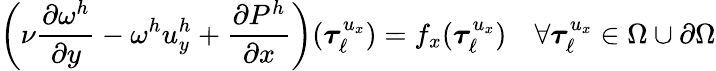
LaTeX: \left(\nu\frac{\partial\omega^{h}}{\partial y}-\omega^{h}u_{y}^{h}+\frac{\partial P^{h}}{\partial x}\right)(\boldsymbol{\tau}_{\ell}^{u_{x}})=f_{x}(\boldsymbol{\tau}_{\ell}^{u_{x}})\quad\forall\boldsymbol{\tau}_{\ell}^{u_{x}}\in\Omega\cup\partial\Omega